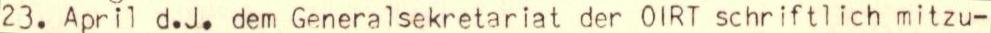
23. April d.J. dem Generalsekretariat der OlRT schriftlich mitzu-